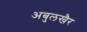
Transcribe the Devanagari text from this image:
अबुलखैर